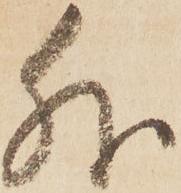
外